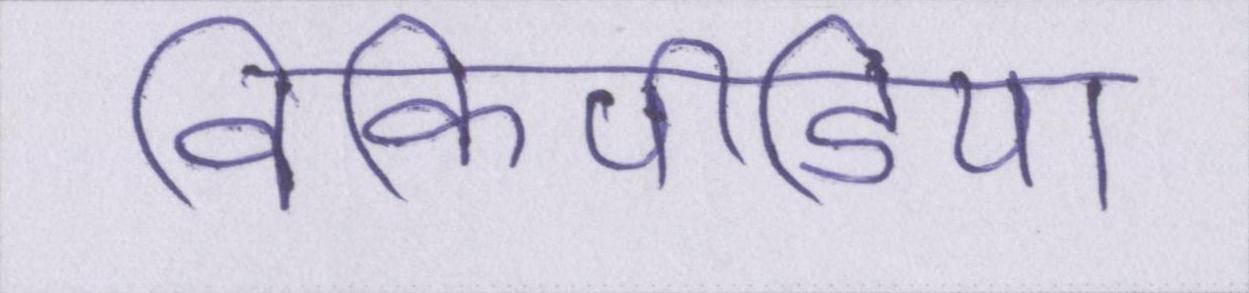
विकिपीडिया